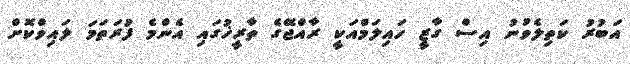
އަބުރު ކަތިލެވުނު އިސް ގާޒީ ހައިލަމްއަކީ ރާއްޖޭގެ ތާރީޚުގައި އެންމެ ފުރަތަމަ ލައިވްކޮށް